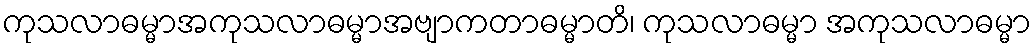
ကုသလာဓမ္မာအကုသလာဓမ္မာအဗျာကတာဓမ္မာတိ၊ ကုသလာဓမ္မာ အကုသလာဓမ္မာ